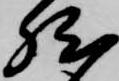
然